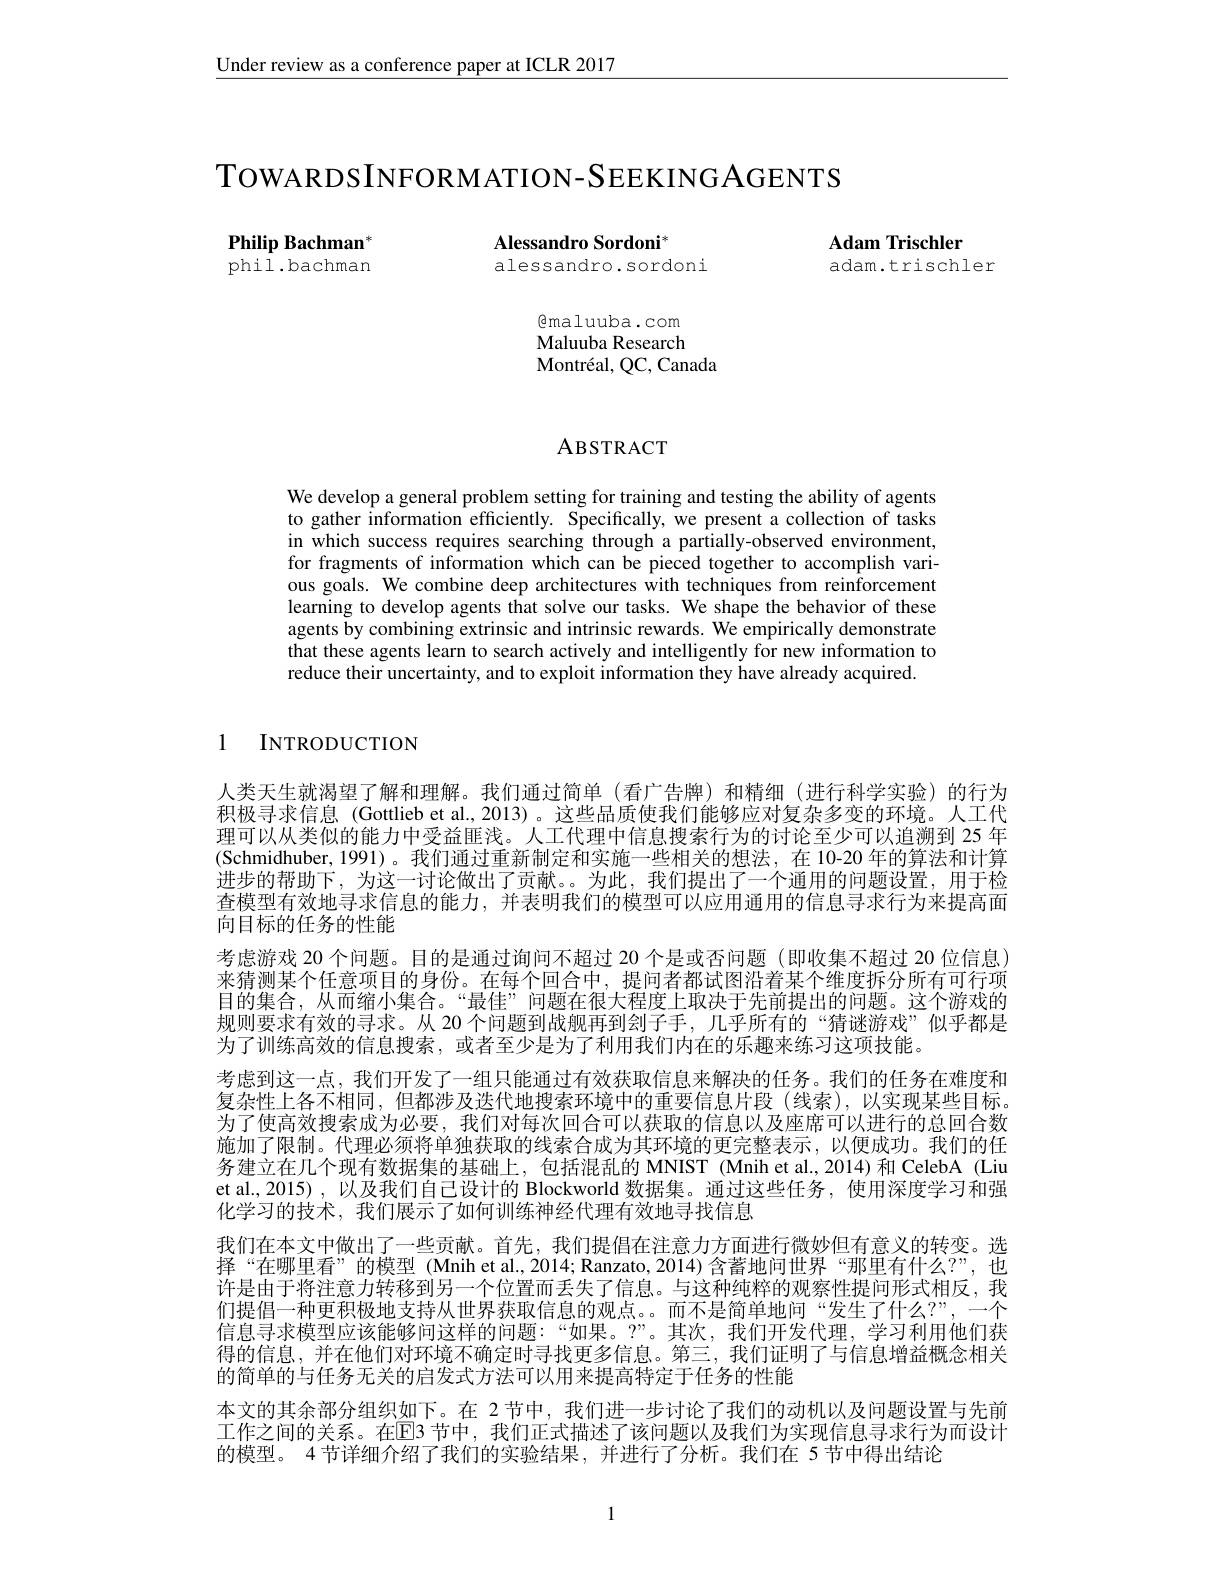
Under review as a conference paper at ICLR 2017

TOWARDSINFORMATION-SEEKINGAGENTS

Philip Bachman phil.bachman

Alessandro Sordoni$^*$
alessandro.sordoni

$\textcircled{1}$maluuba.com Maluuba Research Montréal, QC, Canada

Adam Trischler
adam.trischler

## ABSTRACT

We develop a general problem setting for training and testing the ability of agents to gather information efficiently. Specifically, we present a collection of tasks in which success requires searching through a partially-observed environment, for fragments of information which can be pieced together to accomplish various goals. We combine deep architectures with techniques from reinforcement learning to develop agents that solve our tasks. We shape the behavior of these agents by combining extrinsic and intrinsic rewards. We empirically demonstrate that these agents learn to search actively and intelligently for new information to reduce their uncertainty, and to exploit information they have already acquired.

1 INTRODUCTION

人类天生就渴望了解和理解。我们通过简单(看广告牌)和精细(进行科学实验)的行为积极寻求信息 (Gottlieb et al.,2013)。这些品质使我们能够应对复杂多变的环境。人工代理可以从类似的能力中受益匪浅。人工代理中信息搜索行为的讨论至少可以追溯到 25 年(Schmidhuber,1991)。我们通过重新制定和实施一些相关的想法，在 10-20 年的算法和计算进步的帮助下，为这一讨论做出了贡献。。为此，我们提出了一个通用的问题设置，用于检查模型有效地寻求信息的能力，并表明我们的模型可以应用通用的信息寻求行为来提高面向目标的任务的性能
考虑游戏 20 个问题。目的是通过询问不超过 20 个是或否问题 (即收集不超过 20 位信息) 来猜测某个任意项目的身份。在每个回合中，提问者都试图沿着某个维度拆分所有可行项目的集合，从而缩小集合。“最佳”问题在很大程度上取决于先前提出的问题。这个游戏的规则要求有效的寻求。从 20 个问题到战舰再到刽子手，几乎所有的“猜谜游戏”似乎都是为了训练高效的信息搜索，或者至少是为了利用我们内在的乐趣来练习这项技能。
考虑到这一点，我们开发了一组只能通过有效获取信息来解决的任务。我们的任务在难度和复杂性上各不相同，但都涉及迭代地搜索环境中的重要信息片段(线索),以实现某些目标。为了使高效搜索成为必要，我们对每次回合可以获取的信息以及座席可以进行的总回合数施加了限制。代理必须将单独获取的线索合成为其环境的更完整表示，以便成功。我们的任务建立在几个现有数据集的基础上，包括混乱的 MNIST (Mnih et al.,2014)和 CelebA (Liu et al., 2015) , 以及我们自己设计的 Blockworld 数据集。通过这些任务，使用深度学习和强化学习的技术，我们展示了如何训练神经代理有效地寻找信息
我们在本文中做出了一些贡献。首先，我们提倡在注意力方面进行微妙但有意义的转变。选择“在哪里看”的模型(Mnih et al.,2014; Ranzato, 2014)含蓄地问世界“那里有什么？”,也许是由于将注意力转移到另一个位置而丢失了信息。与这种纯粹的观察性提问形式相反，我们提倡一种更积极地支持从世界获取信息的观点。。而不是简单地问“发生了什么？”,一个信息寻求模型应该能够问这样的问题：“如果。”。其次，我们开发代理，学习利用他们获得的信息，并在他们对环境不确定时寻找更多信息。第三，我们证明了与信息增益概念相关的简单的与任务无关的启发式方法可以用来提高特定于任务的性能
本文的其余部分组织如下。在 2节中，我们进一步讨论了我们的动机以及问题设置与先前工作之间的关系。在$\mathbb{E}$3 节中，我们正式描述了该问题以及我们为实现信息寻求行为而设计的模型。4 节详细介绍了我们的实验结果，并进行了分析。我们在 5 节中得出结论

1